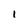
Character: 1